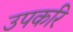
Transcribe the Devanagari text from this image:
उपकरि